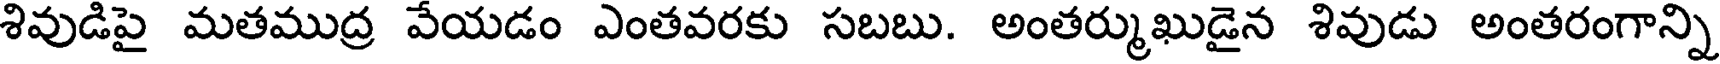
శివుడిపై మతముద్ర వేయడం ఎంతవరకు సబబు. అంతర్ముఖుడైన శివుడు అంతరంగాన్ని